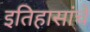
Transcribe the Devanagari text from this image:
इतिहासांचे